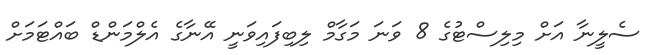
ސެލީނާ އަށް މިލިސްޓުގެ 8 ވަނަ މަގާމް ލިބިފައިވަނީ އޭނާގެ އެލްމަންޑް ބައްޓަމަށް